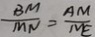
\frac { B M } { M N } = \frac { A M } { N E }